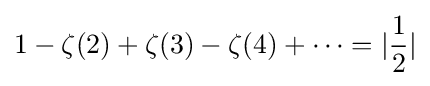
1-\zeta (2)+\zeta (3)-\zeta (4)+\cdots =|{\frac {1}{2}}|